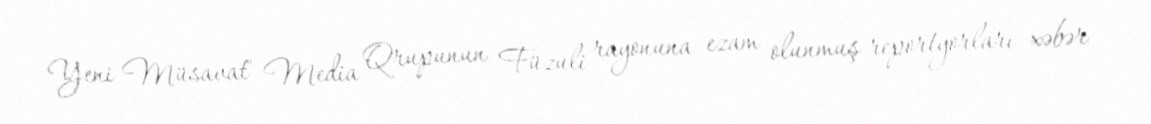
Yeni Müsavat" Media Qrupunun Füzuli rayonuna ezam olunmuş reportyorları xəbər